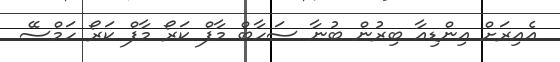
އެއިރަށް އިންޑިއާ ބިރުން ބުނާ ސަހާބް މާފް ކަރޯ މާފް ކަރޯ ހަމްސޭ